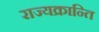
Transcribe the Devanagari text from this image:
राज्यक्रान्ति